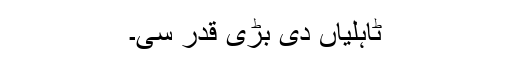
ٹاہلیاں دی بڑی قدر سی۔